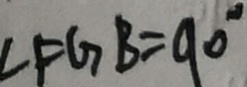
\angle F G B = 9 0 ^ { \circ }